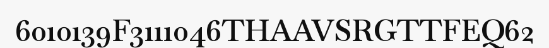
6010139F3111046THAAVSRGTTFEQ62